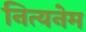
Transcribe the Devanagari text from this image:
नित्यनेम